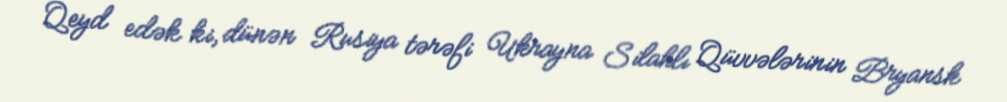
Qeyd edək ki, dünən Rusiya tərəfi Ukrayna Silahlı Qüvvələrinin Bryansk